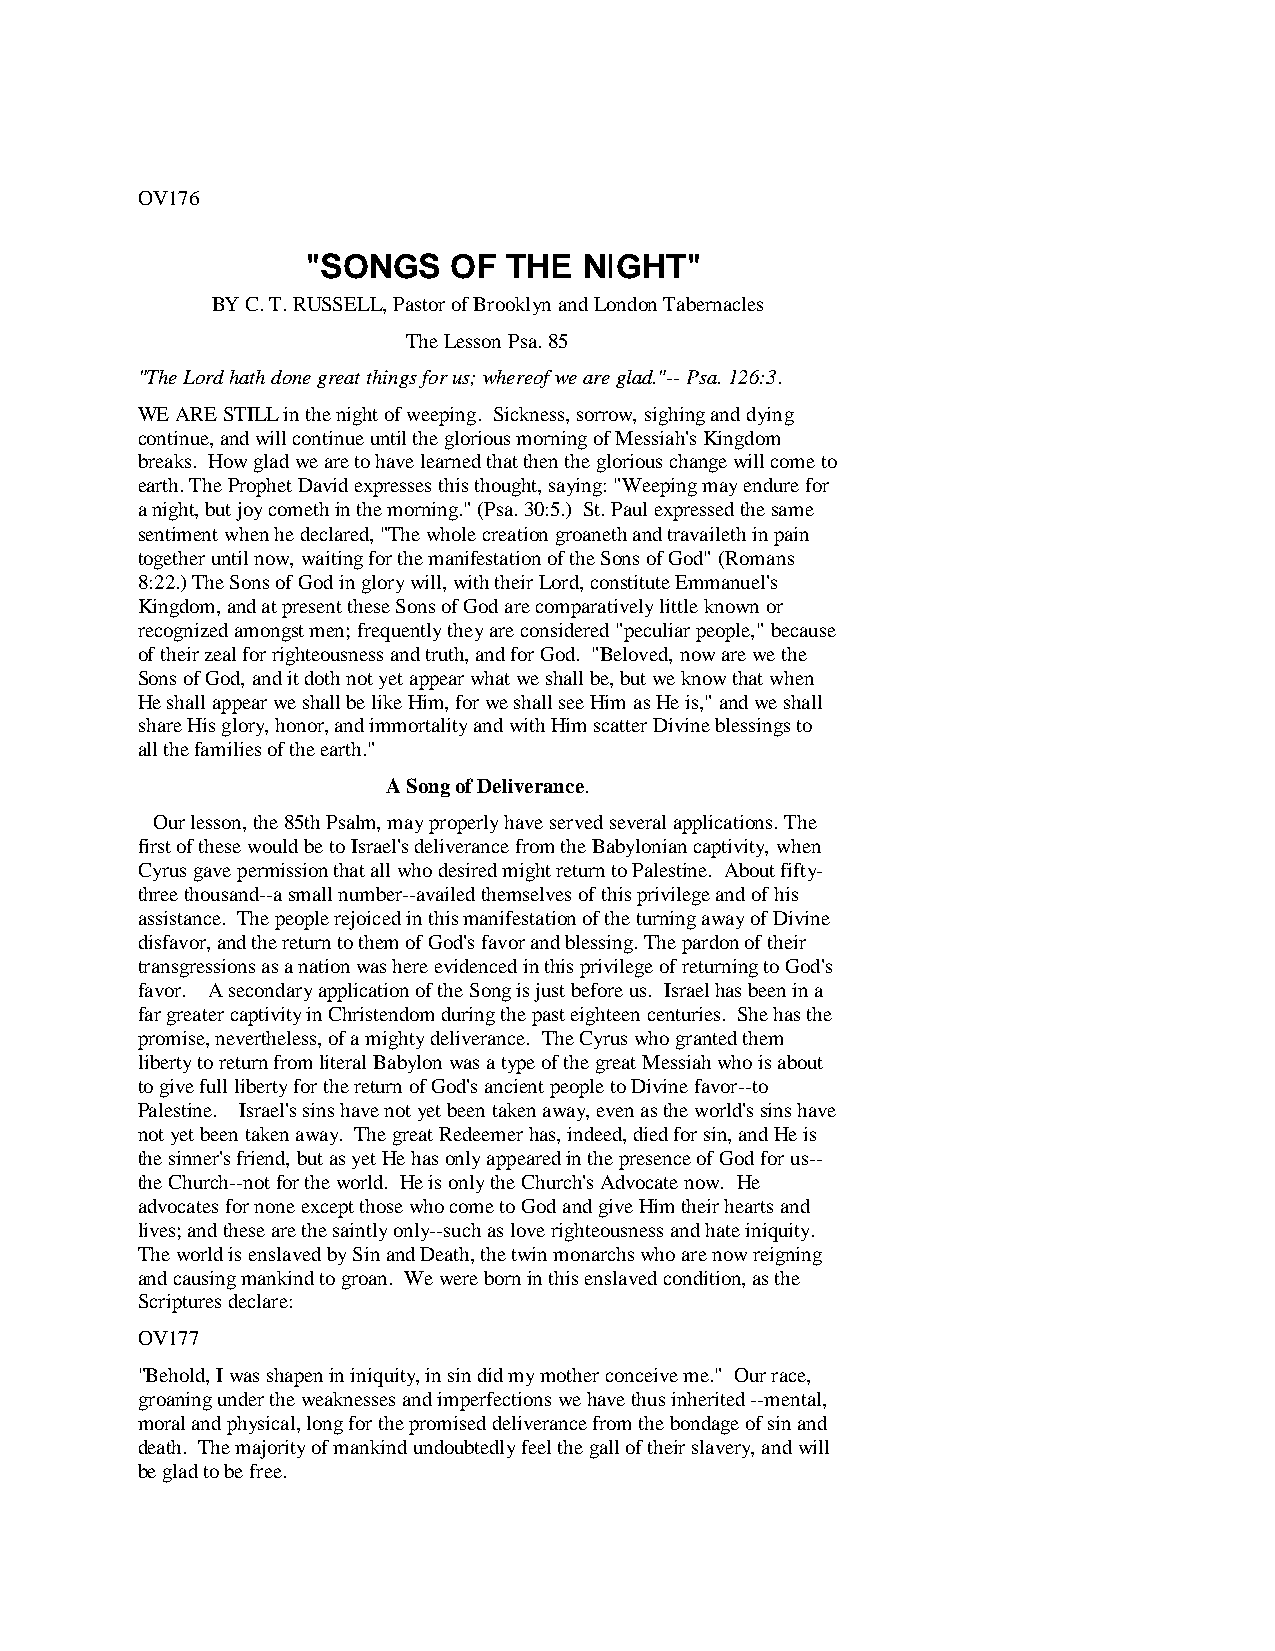
OV176
 "SONGS    OF  THE  NIGHT"
 BY C. T. RUSSELL, Pastor of Brooklyn and London Tabernacles
 The Lesson Psa. 85
 "The Lord hath done great things for us; whereof we are glad."-- Psa. 126:3.
 WE ARE STILL in the night of weeping. Sickness, sorrow, sighing and dying
 continue, and will continue until the glorious morning of Messiah's Kingdom
 breaks. How glad we are to have learned that then the glorious change will come to
 earth. The Prophet David expresses this thought, saying: "Weeping may endure for
 a night, but joy cometh in the morning." (Psa. 30:5.) St. Paul expressed the same
 sentiment when he declared, "The whole creation groaneth and travaileth in pain
 together until now, waiting for the manifestation of the Sons of God" (Romans
 8:22.) The Sons of God in glory will, with their Lord, constitute Emmanuel's
 Kingdom, and at present these Sons of God are comparatively little known or
 recognized amongst men; frequently they are considered "peculiar people," because
 of their zeal for righteousness and truth, and for God. "Beloved, now are we the
 Sons of God, and it doth not yet appear what we shall be, but we know that when
 He shall appear we shall be like Him, for we shall see Him as He is," and we shall
 share His glory, honor, and immortality and with Him scatter Divine blessings to
 all the families of the earth."
 A Song of Deliverance.
 Our lesson, the 85th Psalm, may properly have served several applications. The
 first of these would be to Israel's deliverance from the Babylonian captivity, when
 Cyrus gave permission that all who desired might return to Palestine. About fifty-
 three thousand--a small number--availed themselves of this privilege and of his
 assistance. The people rejoiced in this manifestation of the turning away of Divine
 disfavor, and the return to them of God's favor and blessing. The pardon of their
 transgressions as a nation was here evidenced in this privilege of returning to God's
 favor. A secondary application of the Song is just before us. Israel has been in a
 far greater captivity in Christendom during the past eighteen centuries. She has the
 promise, nevertheless, of a mighty deliverance. The Cyrus who granted them
 liberty to return from literal Babylon was a type of the great Messiah who is about
 to give full liberty for the return of God's ancient people to Divine favor--to
 Palestine. Israel's sins have not yet been taken away, even as the world's sins have
 not yet been taken away. The great Redeemer has, indeed, died for sin, and He is
 the sinner's friend, but as yet He has only appeared in the presence of God for us--
 the Church--not for the world. He is only the Church's Advocate now. He
 advocates for none except those who come to God and give Him their hearts and
 lives; and these are the saintly only--such as love righteousness and hate iniquity.
 The world is enslaved by Sin and Death, the twin monarchs who are now reigning
 and causing mankind to groan. We were born in this enslaved condition, as the
 Scriptures declare:
 OV177
 "Behold, I was shapen in iniquity, in sin did my mother conceive me." Our race,
 groaning under the weaknesses and imperfections we have thus inherited --mental,
 moral and physical, long for the promised deliverance from the bondage of sin and
 death. The majority of mankind undoubtedly feel the gall of their slavery, and will
 be glad to be free.